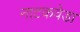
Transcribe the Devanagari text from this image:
नाटकवेडा